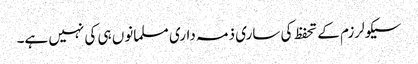
سیکولرزم کے تحفظ کی ساری ذمہ داری مسلمانوں ہی کی نہیں ہے۔